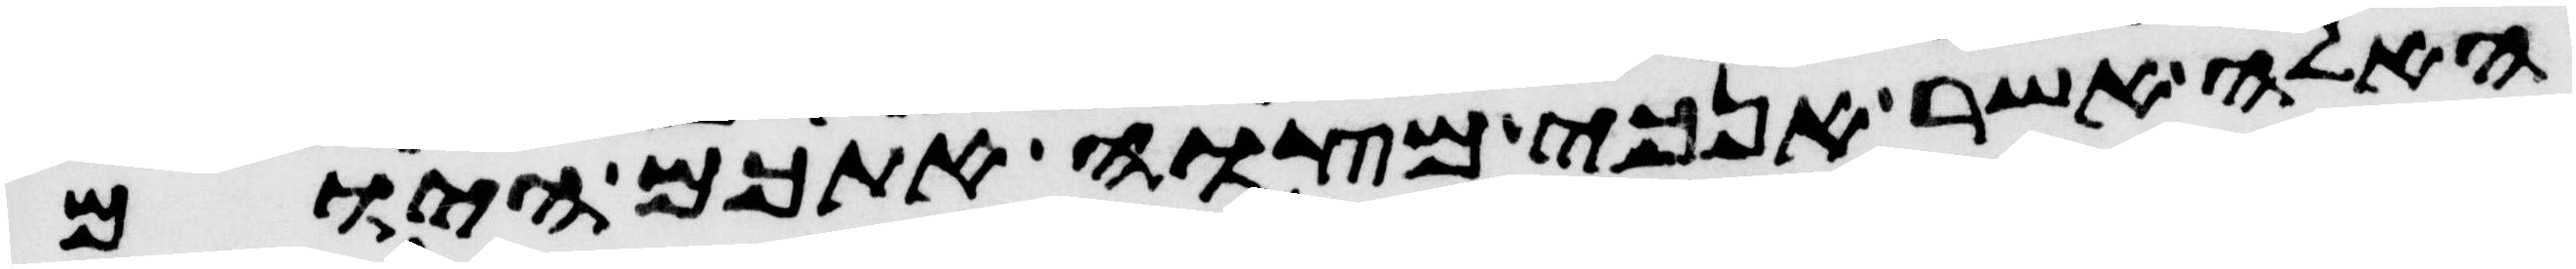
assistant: האלה אשר אנכי מצוה אתכם היום